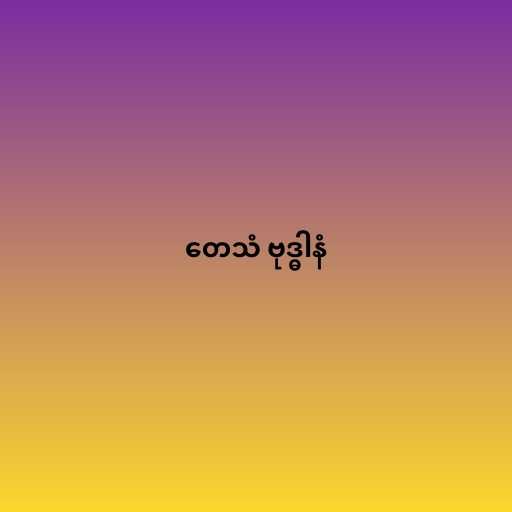
တေသံ ဗုဒ္ဓါနံ